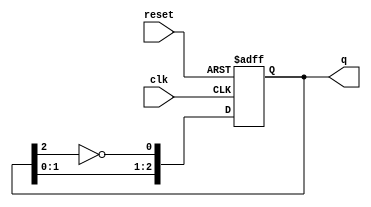
module JohnsonCounter #(
    parameter N = 3 // Define the number of bits (flip-flops)
)(
    input wire clk,       // Clock signal
    input wire reset,     // Asynchronous reset signal
    output reg [N-1:0] q  // Current state output
);

// Internal signal to hold the inverted output of the last flip-flop
wire feedback;

assign feedback = ~q[N-1]; // Invert the output of the last flip-flop

always @(posedge clk or posedge reset) begin
    if (reset) begin
        q <= 0; // Reset the counter to 0 on reset signal
    end else begin
        // Shift the state and feed the inverted last flip-flop output to the first flip-flop
        q <= {q[N-2:0], feedback};
    end
end

endmodule